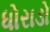
ધોરાડો